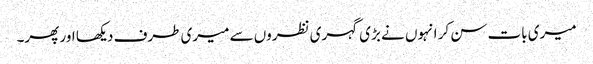
میری بات سن کر انہوں نے بڑی گہری نظروں سے میری طرف دیکھا اور پھر۔